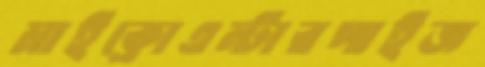
মাইক্রোএন্টারপাইজ